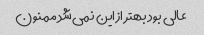
عالی بود بهتر از این نمی‌شد ممنون